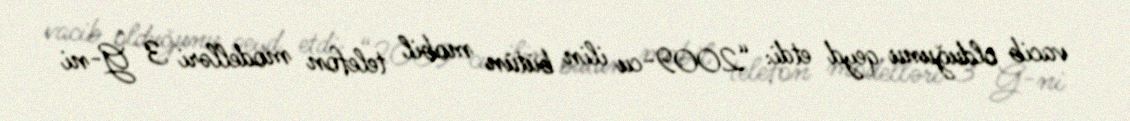
vacib olduğunu qeyd etdi: “2009-cu ilin bütün mobil telefon modelləri 3 G-ni